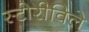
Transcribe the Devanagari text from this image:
स्टोरीविले